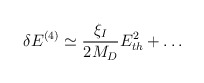
\begin{align*}\delta E^{(4)} \simeq \frac{\xi_I}{2M_D}E_{th}^2 + \dots \end{align*}